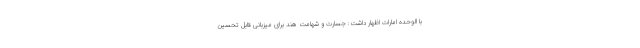
با الوحده امارات اظهار داشت: جسارت و شهامت هند برای میزبانی قابل تحسین